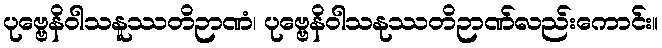
ပုဗ္ဗေနိဝါသနူဿတိဉာဏံ၊ ပုဗ္ဗေနိဝါသနုဿတိဉာဏ်လည်းကောင်း။